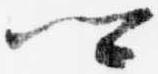
卿